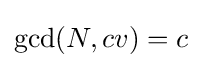
\gcd(N,cv)=c